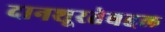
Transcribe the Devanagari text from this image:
दानशूरतेबद्दल